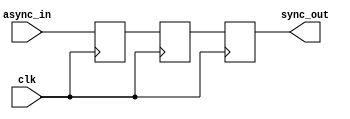
module TwoFF_Metastability_Detector (
    input wire clk,            // Clock signal
    input wire async_in,       // Asynchronous input signal
    output reg sync_out        // Synchronized output signal
);

    // Internal signals for the flip-flops
    reg ff1, ff2;

    // First flip-flop sampling the asynchronous input
    always @(posedge clk) begin
        ff1 <= async_in; // Sample async input on rising edge of clock
    end

    // Second flip-flop stabilizing the output
    always @(posedge clk) begin
        ff2 <= ff1; // Sample the output of the first flip-flop
    end

    // Output assignment
    always @(posedge clk) begin
        sync_out <= ff2; // Output the stabilized signal
    end

endmodule